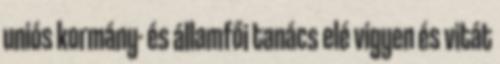
uniós kormány- és államfői tanács elé vigyen és vitát